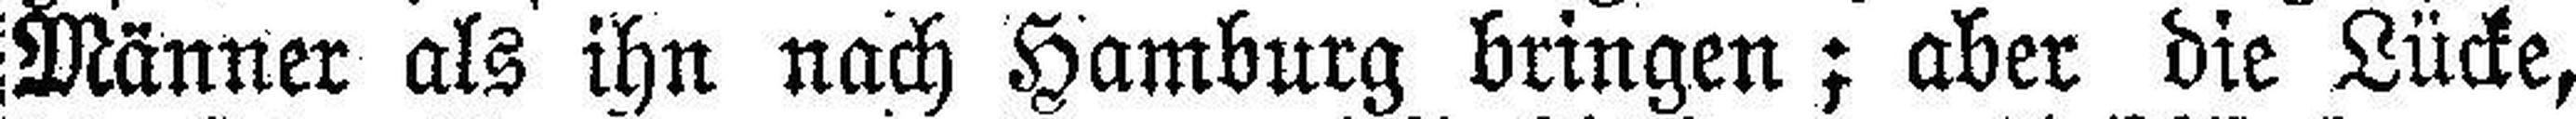
Männer als ihn nach Hamburg bringen; aber die Lücke,